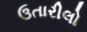
ઉતારીલો